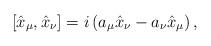
LaTeX: \begin{align*}[\hat{x}_\mu,\hat{x}_\nu]=i\left(a_\mu\hat{x}_\nu-a_\nu\hat{x}_\mu\right),\end{align*}